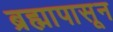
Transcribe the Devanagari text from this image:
ब्रह्मापासून